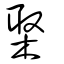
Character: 棸